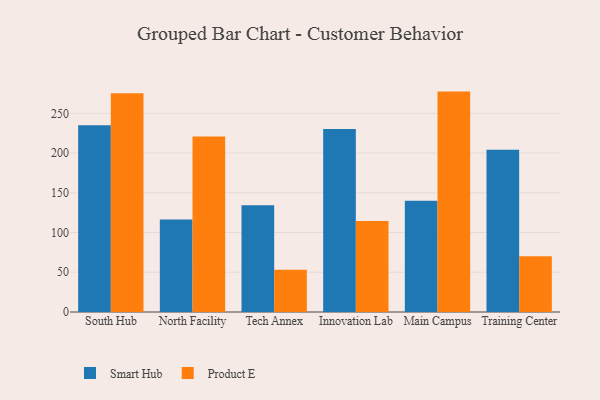
{"axis": {"x": "Campus", "y": "Backlog"}, "legend": ["Product E", "Smart Hub"], "data": [{"x": "South Hub", "y": 235.1, "type": "Smart Hub"}, {"x": "South Hub", "y": 275.1, "type": "Product E"}, {"x": "North Facility", "y": 116.3, "type": "Smart Hub"}, {"x": "North Facility", "y": 220.7, "type": "Product E"}, {"x": "Tech Annex", "y": 134.4, "type": "Smart Hub"}, {"x": "Tech Annex", "y": 53.2, "type": "Product E"}, {"x": "Innovation Lab", "y": 230.4, "type": "Smart Hub"}, {"x": "Innovation Lab", "y": 114.4, "type": "Product E"}, {"x": "Main Campus", "y": 139.9, "type": "Smart Hub"}, {"x": "Main Campus", "y": 277.3, "type": "Product E"}, {"x": "Training Center", "y": 204.1, "type": "Smart Hub"}, {"x": "Training Center", "y": 70.0, "type": "Product E"}]}